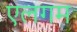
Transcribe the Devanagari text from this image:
एलगम